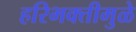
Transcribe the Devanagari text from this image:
हरिभक्तीमुळे